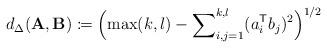
LaTeX: \begin{align*}d_{\Delta}(\mathbf{A},\mathbf{B}) \coloneqq \Bigl( \max(k,l) - \sum\nolimits_{i,j=1}^{k,l} (a_i^\mathsf{T} b_j)^2 \Bigr)^{1/2}\end{align*}